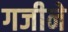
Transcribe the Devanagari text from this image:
गजीने